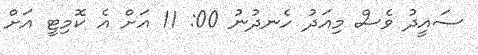
ސައީދު ވެސް މިއަދު ހެނދުނު 00: 11 އަށް އެ ކޮމިޓީ އަށް